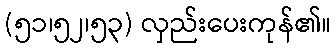
(၅၁၊၅၂၊၅၃) လှည်းပေးကုန်၏။